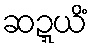
ဆဍ္ဍယိံ